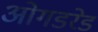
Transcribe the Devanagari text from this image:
ओगडरेड